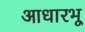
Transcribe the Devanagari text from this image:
आधारभू